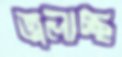
জ্বলাচ্ছ